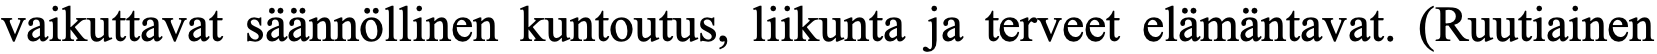
vaikuttavat säännöllinen kuntoutus, liikunta ja terveet elämäntavat. (Ruutiainen